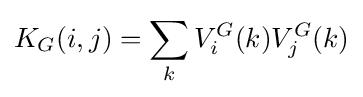
K_{G}(i,j)=\sum _{k}V_{i}^{G}(k)V_{j}^{G}(k)